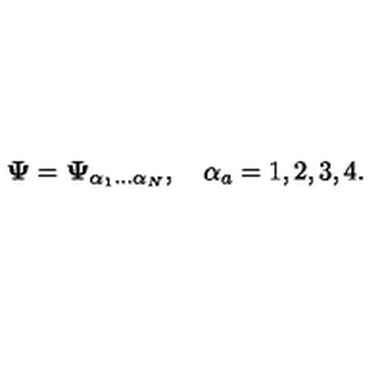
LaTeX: { \bf \Psi } = { \bf \Psi } _ { \alpha _ { 1 } \ldots \alpha _ { N } } , \quad \alpha _ { a } = 1 , 2 , 3 , 4 .